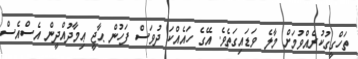
ތަހްގީގުކުރެއްވުމަށް މާލެ ވަޑައިގަތެވެ. އޭގެ ހައެއްކަ ދުވަސް ފަހުން ޙާޖީ ޢިމާދުއްދީން އެސްއެސް